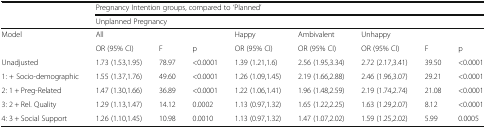
<table><thead><tr><td rowspan="2"></td><td colspan="8"><b>Pregnancy Intention groups, compared to ‘Planned’</b></td></tr><tr><td colspan="8"><b>Unplanned Pregnancy</b></td></tr></thead><tbody><tr><td>Model</td><td>All</td><td></td><td></td><td>Happy</td><td>Ambivalent</td><td>Unhappy</td><td></td><td></td></tr><tr><td></td><td>OR (95% CI)</td><td>F</td><td>p</td><td>OR (95% CI)</td><td>OR (95% CI)</td><td>OR (95% CI)</td><td>F</td><td>p</td></tr><tr><td>Unadjusted</td><td>1.73 (1.53,1.95)</td><td>78.97</td><td>&lt;0.0001</td><td>1.39 (1.21,1.6)</td><td>2.56 (1.95,3.34)</td><td>2.72 (2.17,3.41)</td><td>39.50</td><td>&lt;0.0001</td></tr><tr><td>1: + Socio-demographic</td><td>1.55 (1.37,1.76)</td><td>49.60</td><td>&lt;0.0001</td><td>1.26 (1.09,1.45)</td><td>2.19 (1.66,2.88)</td><td>2.46 (1.96,3.07)</td><td>29.21</td><td>&lt;0.0001</td></tr><tr><td>2: 1 + Preg-Related</td><td>1.47 (1.30,1.66)</td><td>36.89</td><td>&lt;0.0001</td><td>1.22 (1.06,1.41)</td><td>1.96 (1.48,2.59)</td><td>2.19 (1.74,2.74)</td><td>21.08</td><td>&lt;0.0001</td></tr><tr><td>3: 2 + Rel. Quality</td><td>1.29 (1.13,1.47)</td><td>14.12</td><td>0.0002</td><td>1.13 (0.97,1.32)</td><td>1.65 (1.22,2.25)</td><td>1.63 (1.29,2.07)</td><td>8.12</td><td>&lt;0.0001</td></tr><tr><td>4: 3 + Social Support</td><td>1.26 (1.10,1.45)</td><td>10.98</td><td>0.0010</td><td>1.13 (0.97,1.32)</td><td>1.47 (1.07,2.02)</td><td>1.59 (1.25,2.02)</td><td>5.99</td><td>0.0005</td></tr></tbody></table>